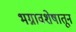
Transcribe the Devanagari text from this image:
भग्नावशेषातून